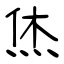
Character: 烋